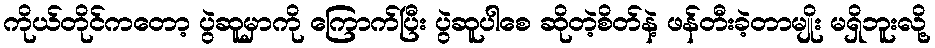
ကိုယ်တိုင်ကတော့ ပွဲဆူမှာကို ကြောက်ပြီး ပွဲဆူပါစေ ဆိုတဲ့စိတ်နဲ့ ဖန်တီးခဲ့တာမျိုး မရှိဘူးလို့